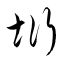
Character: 垳